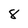
Character: 8